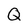
Character: Q